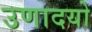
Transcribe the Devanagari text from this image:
उणादयो